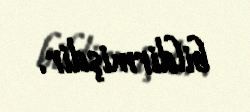
bildirmişdir.